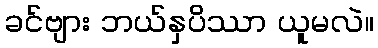
ခင်ဗျား ဘယ်နှပိဿာ ယူမလဲ။